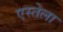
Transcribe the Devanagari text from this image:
एस्तेला